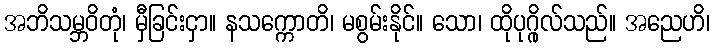
အဘိသမ္ဘဝိတုံ၊ မှီခြင်းငှာ။ နသက္ကောတိ၊ မစွမ်းနိုင်။ သော၊ ထိုပုဂ္ဂိုလ်သည်။ အညေဟိ၊